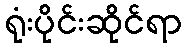
ရုံးပိုင်းဆိုင်ရာ